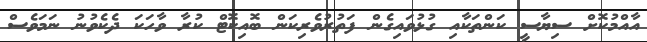
އާއްމުކޮށް ސިޔާސީ ކަންތަކާއި ގުޅުވައިގެން ފަތުރުވެރިކަން ބޮއިކޮޓް ކުރާ ވާހަކަ ދެކެވުނު ނަމަވެސް